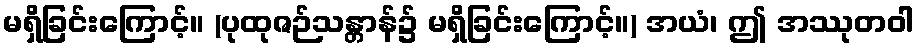
မရှိခြင်းကြောင့်။ (ပုထုဇဉ်သန္တာန်၌ မရှိခြင်းကြောင့်။) အယံ၊ ဤ အဿုတဝါ